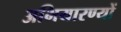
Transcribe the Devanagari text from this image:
अभियारण्यों